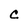
Character: C